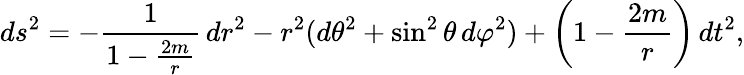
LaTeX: ds^{2}=-{\frac{1}{1-{\frac{2m}{r}}}}\, dr^{2}-r^{2}(d\theta^{2}+\sin^{2}\theta\, d\varphi^{2})+\left(1-{\frac{2m}{r}}\right)\, dt^{2},